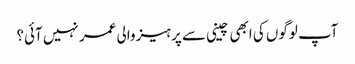
آپ لوگوں کی ابھی چینی سے پرہیز والی عمر نہیں آئی؟